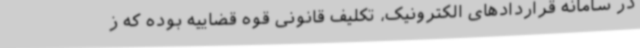
در سامانه قراردادهای الکترونیک، تکلیف قانونی قوه قضاییه بوده که ز